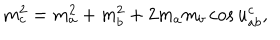
m _ { c } ^ { 2 } = m _ { a } ^ { 2 } + m _ { b } ^ { 2 } + 2 m _ { a } m _ { b } \cos u _ { a b } ^ { c } ,